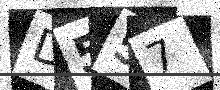
Text: D557